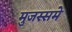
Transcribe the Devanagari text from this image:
मुजस्समे